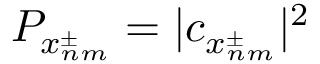
P _ { x _ { n m } ^ { \pm } } = | c _ { x _ { n m } ^ { \pm } } | ^ { 2 }